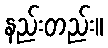
နည်းတည်း။